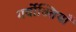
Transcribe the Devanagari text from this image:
गर्वोक्तियाँ